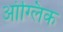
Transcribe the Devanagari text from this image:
आंग्लिक